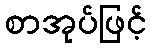
စာအုပ်ဖြင့်